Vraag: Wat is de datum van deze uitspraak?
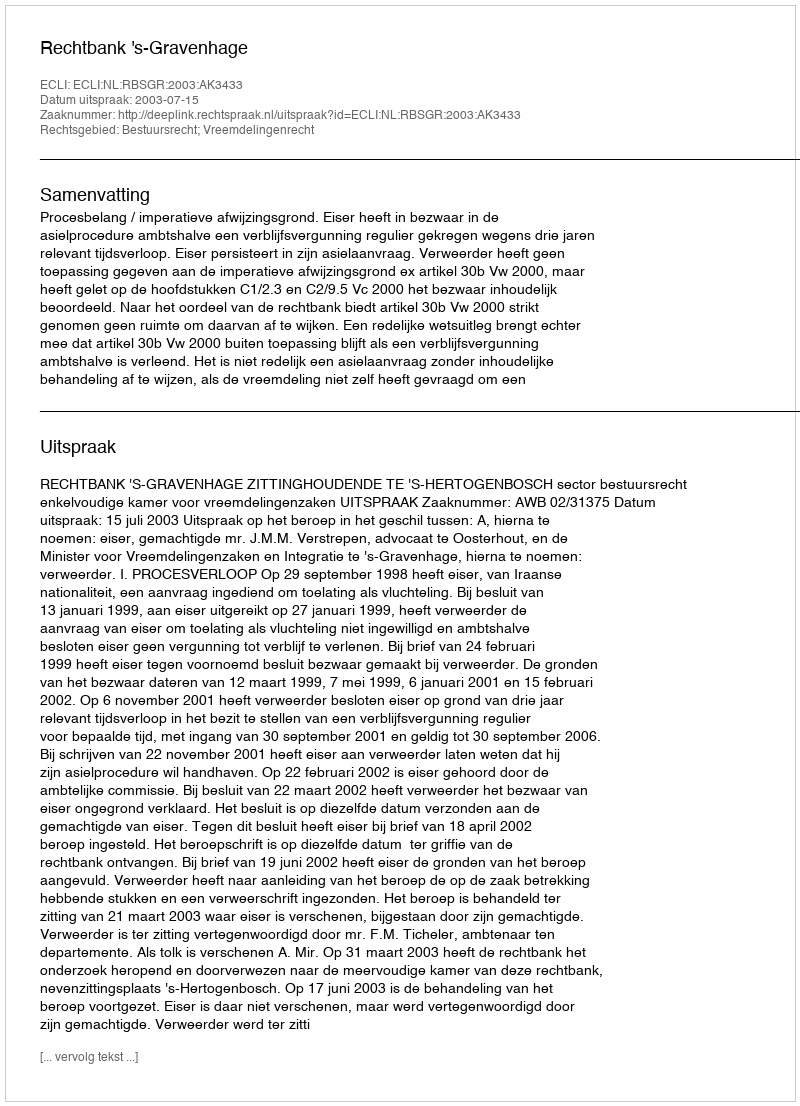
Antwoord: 2003-07-15